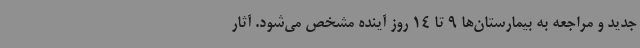
جدید و مراجعه به بیمارستان‌ها 9 تا 14 روز آینده مشخص می‌شود. آثار